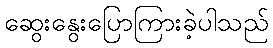
ဆွေးနွေးပြောကြားခဲ့ပါသည်